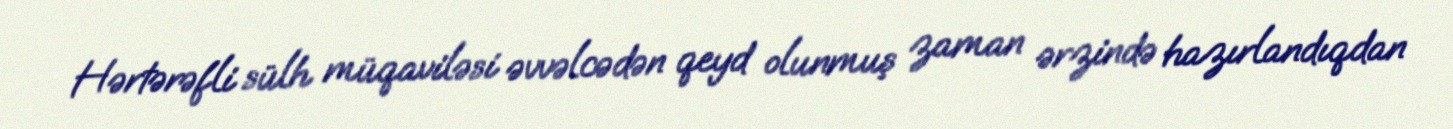
Hərtərəfli sülh müqaviləsi əvvəlcədən qeyd olunmuş zaman ərzində hazırlandıqdan